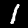
Digit: 1